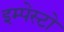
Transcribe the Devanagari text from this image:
इम्पेस्टो